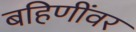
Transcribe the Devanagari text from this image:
बहिणींवर